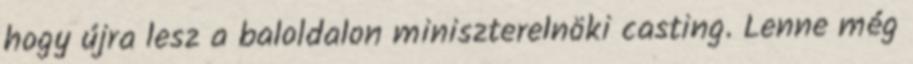
hogy újra lesz a baloldalon miniszterelnöki casting. Lenne még